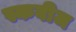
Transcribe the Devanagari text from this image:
स्कवीज